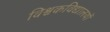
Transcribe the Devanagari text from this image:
विश्वकविद्यालयों